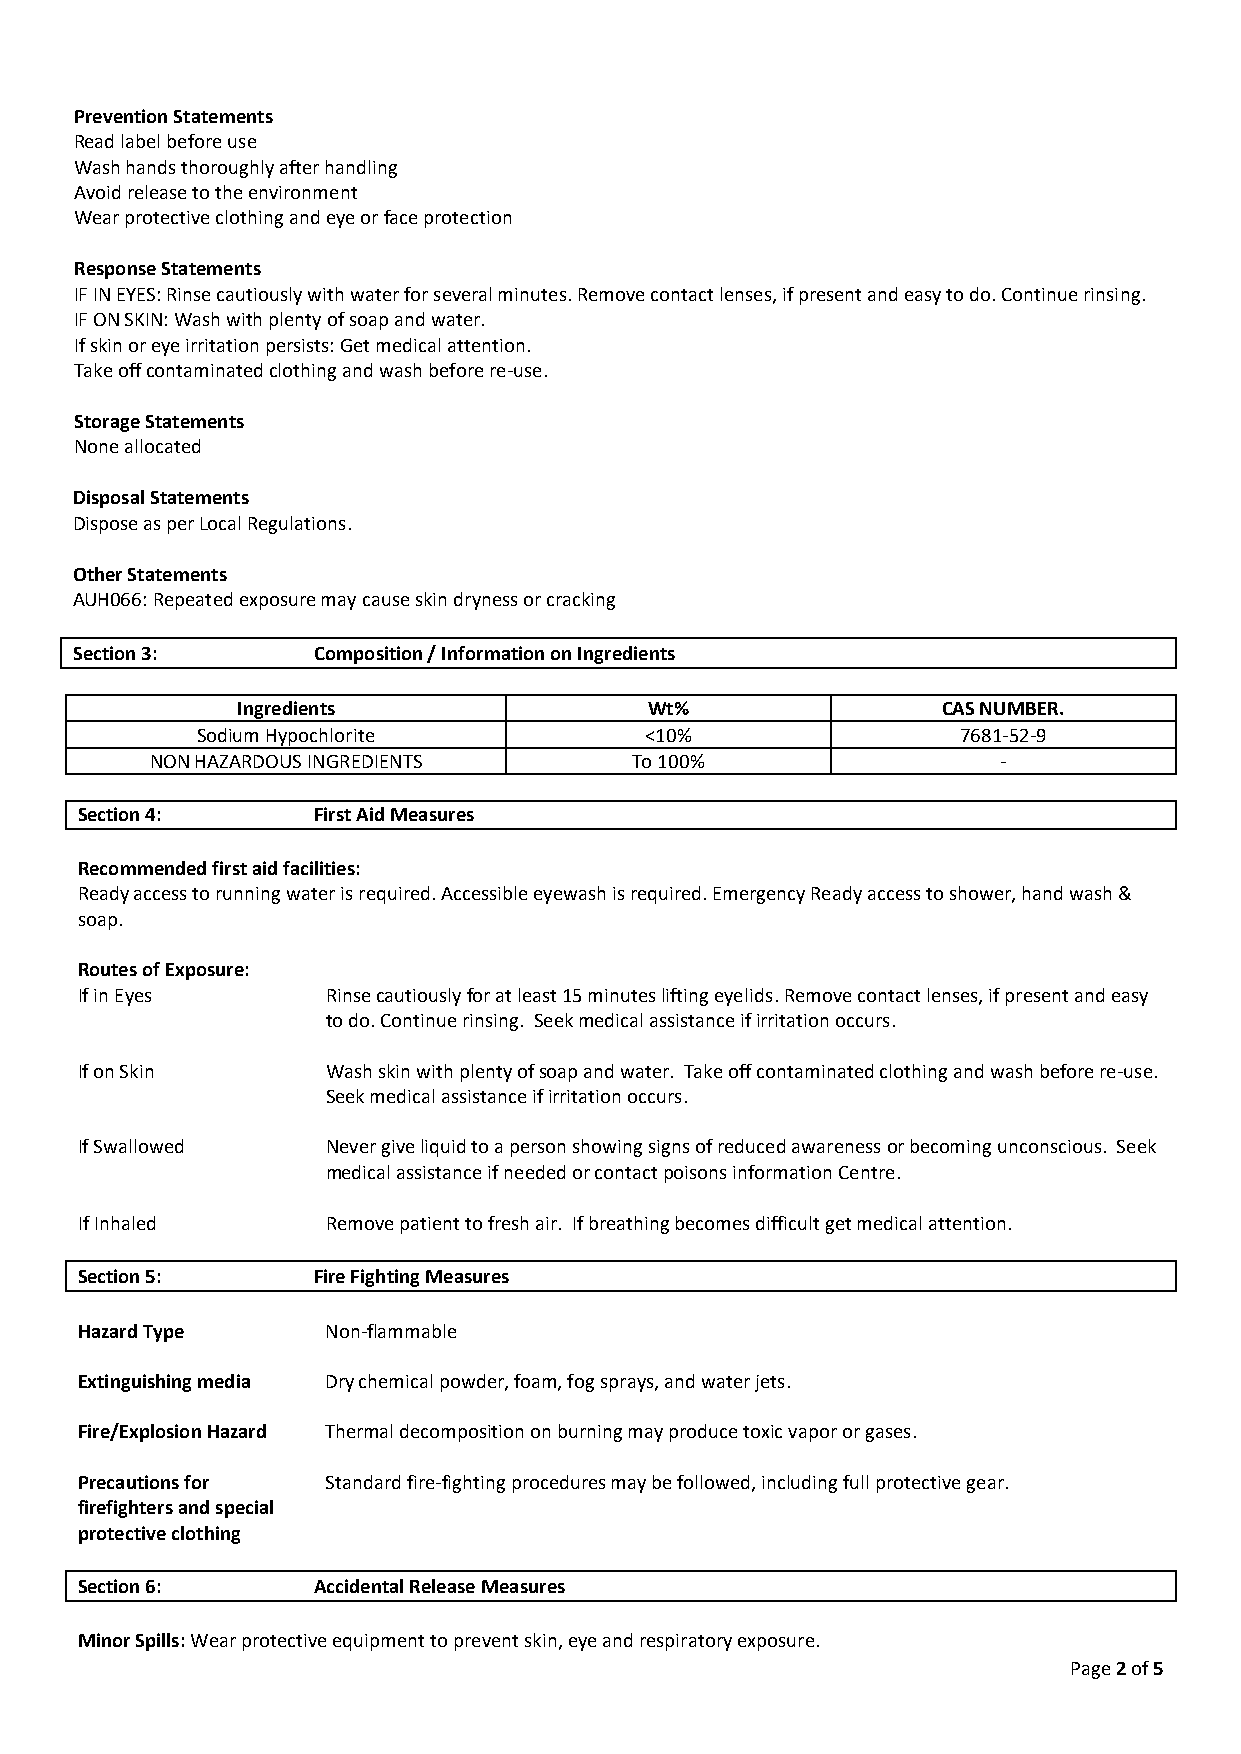
Prevention Statements
 Read label before use
 Wash hands thoroughly after handling
 Avoid release to the environment
 Wear protective clothing and eye or face protection
 Response Statements
 IF IN EYES: Rinse cautiously with water for several minutes. Remove contact lenses, if present and easy to do. Continue rinsing.
 IF ON SKIN: Wash with plenty of soap and water.
 If skin or eye irritation persists: Get medical attention.
 Take off contaminated clothing and wash before re-use.
 Storage Statements
 None allocated
 Disposal Statements
 Dispose as per Local Regulations.
 Other Statements
 AUH066: Repeated exposure may cause skin dryness or cracking
 Section 3:      Composition / Information on Ingredients
 Ingredients                Wt%                CAS NUMBER.
 Sodium Hypochlorite           <10%                 7681-52-9
 NON HAZARDOUS INGREDIENTS       To 100%                 -
 Section 4:      First Aid Measures
 Recommended first aid facilities:
 Ready access to running water is required. Accessible eyewash is required. Emergency Ready access to shower, hand wash &
 soap.
 Routes of Exposure:
 If in Eyes       Rinse cautiously for at least 15 minutes lifting eyelids. Remove contact lenses, if present and easy
 to do. Continue rinsing. Seek medical assistance if irritation occurs.
 If on Skin       Wash skin with plenty of soap and water. Take off contaminated clothing and wash before re-use.
 Seek medical assistance if irritation occurs.
 If Swallowed     Never give liquid to a person showing signs of reduced awareness or becoming unconscious. Seek
 medical assistance if needed or contact poisons information Centre.
 If Inhaled       Remove patient to fresh air. If breathing becomes difficult get medical attention.
 Section 5:      Fire Fighting Measures
 Hazard Type      Non-flammable
 Extinguishing media Dry chemical powder, foam, fog sprays, and water jets.
 Fire/Explosion Hazard Thermal decomposition on burning may produce toxic vapor or gases.
 Precautions for  Standard fire-fighting procedures may be followed, including full protective gear.
 firefighters and special
 protective clothing
 Section 6:      Accidental Release Measures
 Minor Spills: Wear protective equipment to prevent skin, eye and respiratory exposure.
 Page 2 of 5